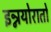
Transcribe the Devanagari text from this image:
इन्नयोरातो